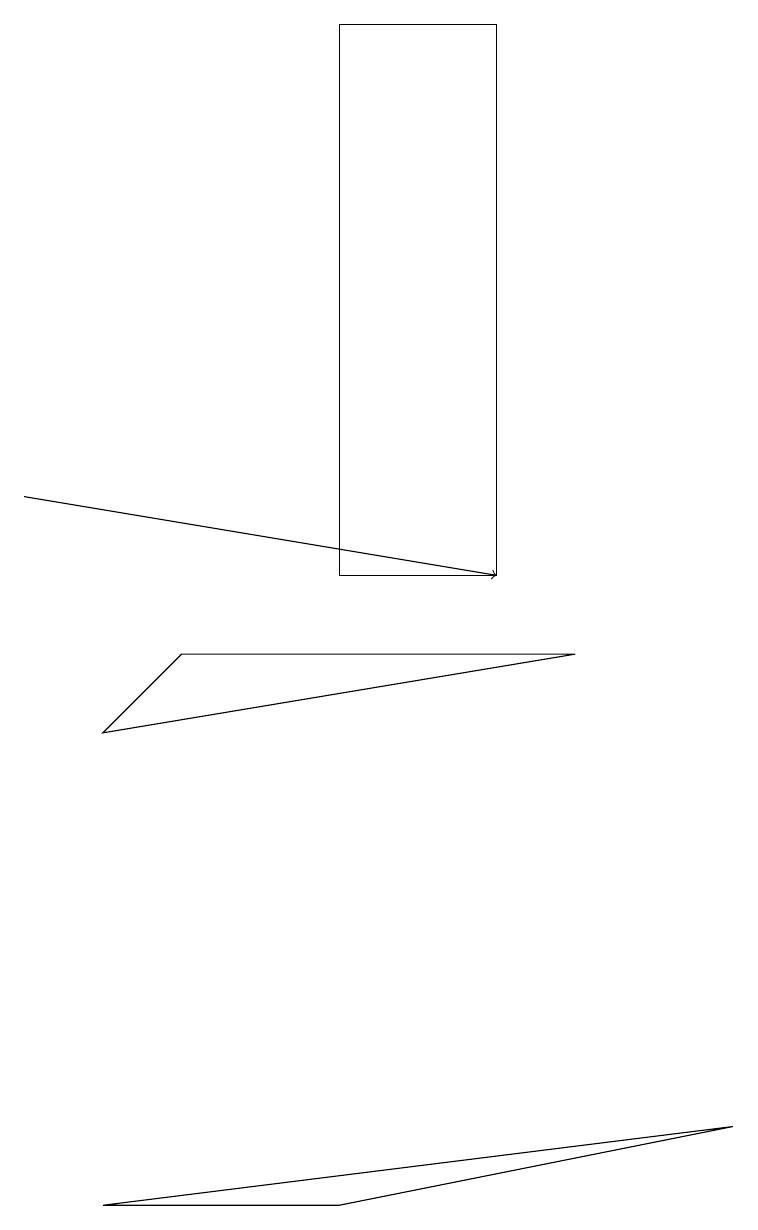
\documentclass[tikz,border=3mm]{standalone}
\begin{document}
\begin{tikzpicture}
\draw (2,9) -- (7,9) -- (1,8) -- cycle;
\draw[->] (0,11) -- (6,10);
\draw (4,2) -- (9,3) -- (1,2) -- cycle;
\draw (6,10) rectangle (4,17);
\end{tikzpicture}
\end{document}